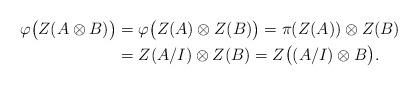
LaTeX: \begin{align*} \varphi\big(Z(A \otimes B)\big)&=\varphi\big(Z(A)\otimes Z(B)\big)=\pi(Z(A))\otimes Z(B)\\&=Z(A/I)\otimes Z(B)= Z\big((A/I)\otimes B\big).\end{align*}